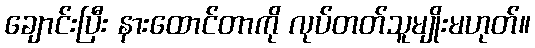
ချောင်းပြီး နားထောင်တာကို လုပ်တတ်သူမျိုးမဟုတ်။